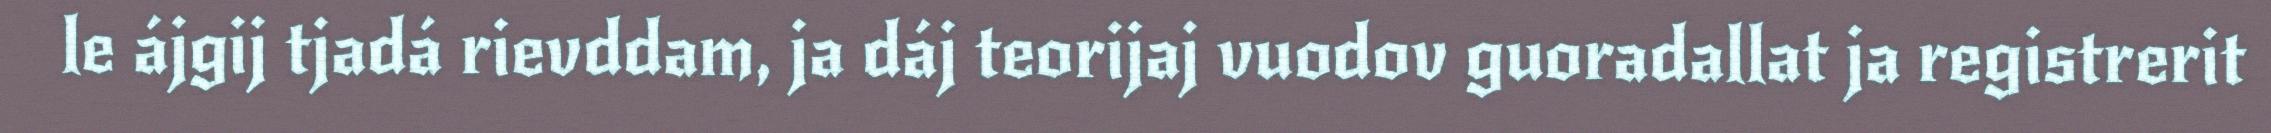
le ájgij tjadá rievddam, ja dáj teorijaj vuodov guoradallat ja registrerit